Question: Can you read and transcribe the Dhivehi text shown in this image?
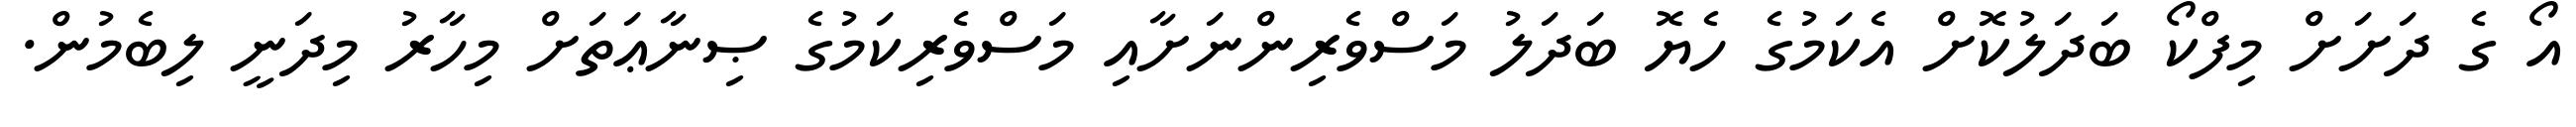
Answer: އޯ ގެ ދަށަށް މިފްކޯ ބަދަލުކޮށް އެކަމުގެ ހެޔޮ ބަދަލު މަސްވެރިންނަށާއި މަސްވެރިކަމުގެ ޞިނާޢަތަށް މިހާރު މިދަނީ ލިބެމުން.